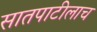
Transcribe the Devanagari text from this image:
सातपाटीलाच